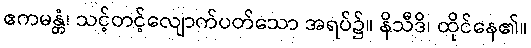
ဧကမန္တံ၊ သင့်တင့်လျောက်ပတ်သော အရပ်၌။ နိသီဒိ၊ ထိုင်နေ၏။